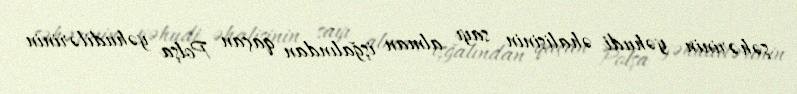
şəhərinin yəhudi əhalisinin sayı alman işğalından qaçan Polşa yəhudilərinin